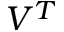
V ^ { T }